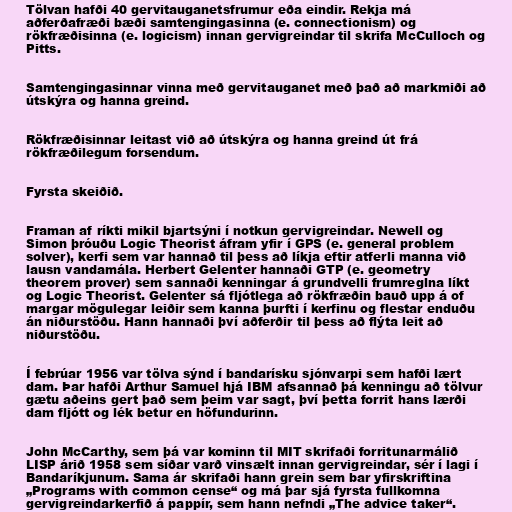
Tölvan hafði 40 gervitauganetsfrumur eða eindir. Rekja má
aðferðafræði bæði samtengingasinna (e. connectionism) og
rökfræðisinna (e. logicism) innan gervigreindar til skrifa McCulloch og
Pitts.

Samtengingasinnar vinna með gervitauganet með það að markmiði að
útskýra og hanna greind.

Rökfræðisinnar leitast við að útskýra og hanna greind út frá
rökfræðilegum forsendum.

Fyrsta skeiðið.

Framan af ríkti mikil bjartsýni í notkun gervigreindar. Newell og
Simon þróuðu Logic Theorist áfram yfir í GPS (e. general problem
solver), kerfi sem var hannað til þess að líkja eftir atferli manna við
lausn vandamála. Herbert Gelenter hannaði GTP (e. geometry
theorem prover) sem sannaði kenningar á grundvelli frumreglna líkt
og Logic Theorist. Gelenter sá fljótlega að rökfræðin bauð upp á of
margar mögulegar leiðir sem kanna þurfti í kerfinu og flestar enduðu
án niðurstöðu. Hann hannaði því aðferðir til þess að flýta leit að
niðurstöðu.

Í febrúar 1956 var tölva sýnd í bandarísku sjónvarpi sem hafði lært
dam. Þar hafði Arthur Samuel hjá IBM afsannað þá kenningu að tölvur
gætu aðeins gert það sem þeim var sagt, því þetta forrit hans lærði
dam fljótt og lék betur en höfundurinn.

John McCarthy, sem þá var kominn til MIT skrifaði forritunarmálið
LISP árið 1958 sem síðar varð vinsælt innan gervigreindar, sér í lagi í
Bandaríkjunum. Sama ár skrifaði hann grein sem bar yfirskriftina
„Programs with common cense“ og má þar sjá fyrsta fullkomna
gervigreindarkerfið á pappír, sem hann nefndi „The advice taker“.